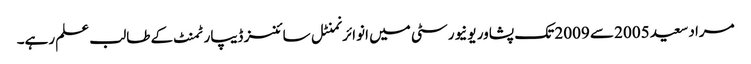
مراد سعید 2005 سے 2009 تک پشاور یونیورسٹی میں انوائرنمنٹل سائنسز ڈیپارٹمنٹ کے طالب علم رہے۔